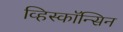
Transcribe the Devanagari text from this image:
व्हिस्कॉन्सिन